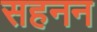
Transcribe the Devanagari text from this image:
सहनन